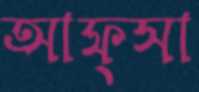
আফ্সা